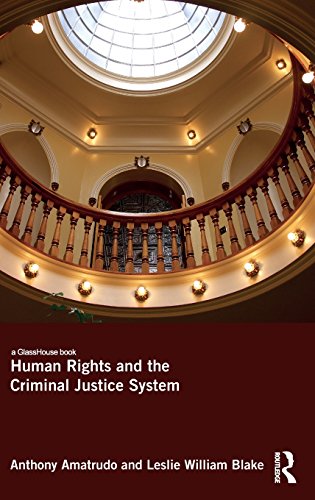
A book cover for Human Rights and the Criminal Justice System; Anthony Amatrudo; Law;